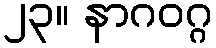
၂၃။ နာဂဝဂ္ဂ